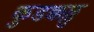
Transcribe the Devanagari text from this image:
कुडक्कल्लु